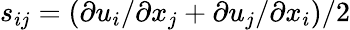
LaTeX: s_{ij}=\left(\partial u_{i}/\partial x_{j}+\partial u_{j}/\partial x_{i}\right)/2